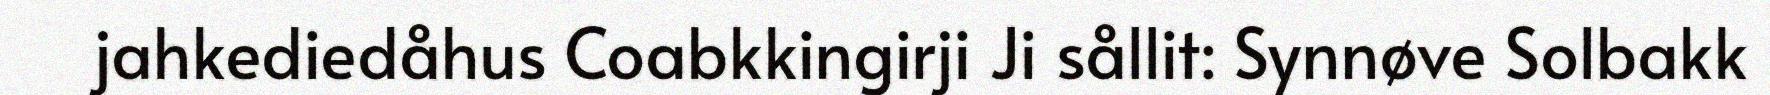
jahkediedåhus Coabkkingirji Ji sållit: Synnøve Solbakk